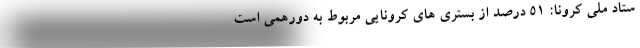
ستاد ملی کرونا: 51 درصد از بستری های کرونایی مربوط به دورهمی است